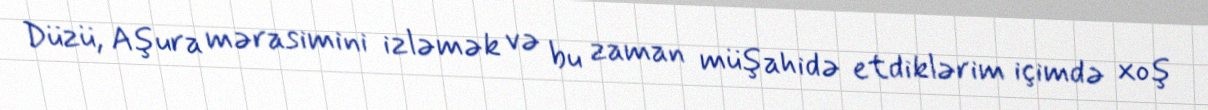
Düzü, Aşura mərasimini izləmək və bu zaman müşahidə etdiklərim içimdə xoş